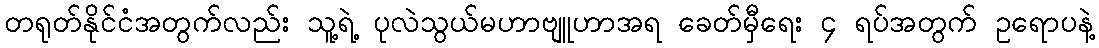
တရုတ်နိုင်ငံအတွက်လည်း သူ့ရဲ့ ပုလဲသွယ်မဟာဗျူဟာအရ ခေတ်မှီရေး ၄ ရပ်အတွက် ဥရောပနဲ့